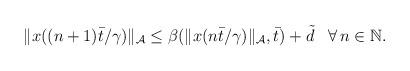
LaTeX: \begin{align*}\begin{aligned}\|x((n+1)\bar{t}/\gamma)\|_{\mathcal{A}} &\le \beta(\|x(n\bar{t}/\gamma)\|_{\mathcal{A}},\bar{t}) + \tilde{d} && \forall \, n\in\mathbb{N}.\end{aligned}\end{align*}